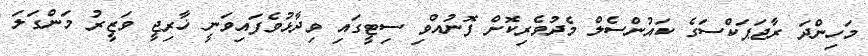
މަހިންދަ ރާޖަޕަކްސަގެ ކައުންސެލް މެދުވެރިކޮށް ފޮނުއްވި ސިޓީގައި ވިދާޅުވެފައިވަނީ ޚާރިޖީ ވަޒީރު މަންގަލަ